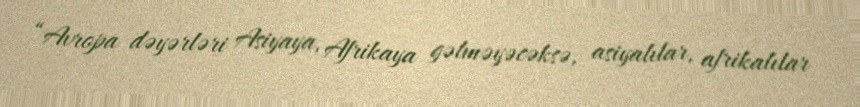
“Avropa dəyərləri Asiyaya, Afrikaya gəlməyəcəksə, asiyalılar, afrikalılar